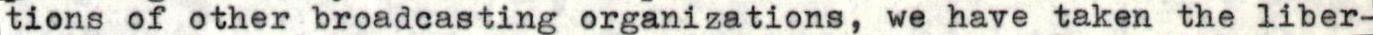
tions of other broadcasting organizations, we have taken the liber-